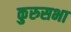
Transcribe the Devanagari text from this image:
कुरुसभा